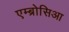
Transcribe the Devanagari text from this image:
एम्ब्रोसिआ